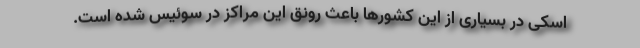
اسکی در بسیاری از این کشورها باعث رونق این مراکز در سوئیس شده است.